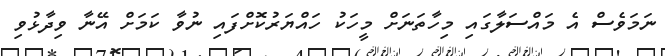
ނަމަވެސް އެ މައްސަލާގައި މިހާތަނަށް މީހަކު ހައްޔަރުކޮށްފައި ނުވާ ކަމަށް އޭނާ ވިދާޅުވި